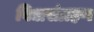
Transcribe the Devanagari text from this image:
विद्यासंग्रहण